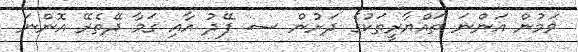
ވަމުން އަންނަ ތައްޔާރީތަކުގެ ދަށުން ސ. ފޭދު އާއި ގަމާ ދޭތެރޭ އޮންނަ